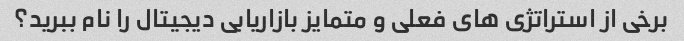
برخی از استراتژی های فعلی و متمایز بازاریابی دیجیتال را نام ببرید؟